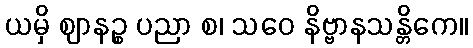
ယမှိ ဈာနဉ္စ ပညာ စ၊ သဝေ နိဗ္ဗာနသန္တိကေ။